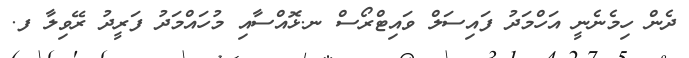
ދެން ހިމެނެނީ އަހްމަދު ފައިސަލް ވައިޓްރޯސް ނ.ޅޮއްސާއި މުހައްމަދު ފަރީދު ރޭވިލާ ފ.